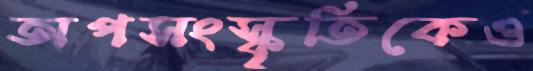
অপসংস্কৃতিকেও